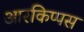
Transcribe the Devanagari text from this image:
आरकिप्पस